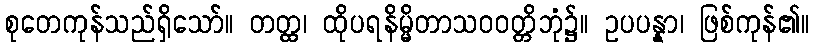
စုတေကုန်သည်ရှိသော်။ တတ္ထ၊ ထိုပရနိမ္မိတာသဝဝတ္တိဘုံ၌။ ဥပပန္နာ၊ ဖြစ်ကုန်၏။